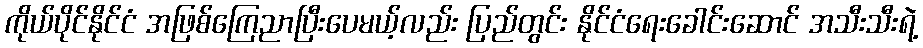
ကိုယ်ပိုင်နိုင်ငံ အဖြစ်ကြေညာပြီးပေမယ့်လည်း ပြည်တွင်း နိုင်ငံရေးခေါင်းဆောင် အသီးသီးရဲ့